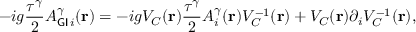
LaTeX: - i g \frac { \tau ^ { \gamma } } { 2 } A _ { { \sf G I } \, i } ^ { \gamma } ( { \bf { r } } ) = - i g V _ { C } ( { \bf { r } } ) \frac { \tau ^ { \gamma } } { 2 } A _ { i } ^ { \gamma } ( { \bf { r } } ) V _ { C } ^ { - 1 } ( { \bf { r } } ) + V _ { C } ( { \bf { r } } ) { \partial } _ { i } V _ { C } ^ { - 1 } ( { \bf { r } } ) ,